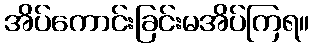
အိပ်ကောင်းခြင်းမအိပ်ကြရ။